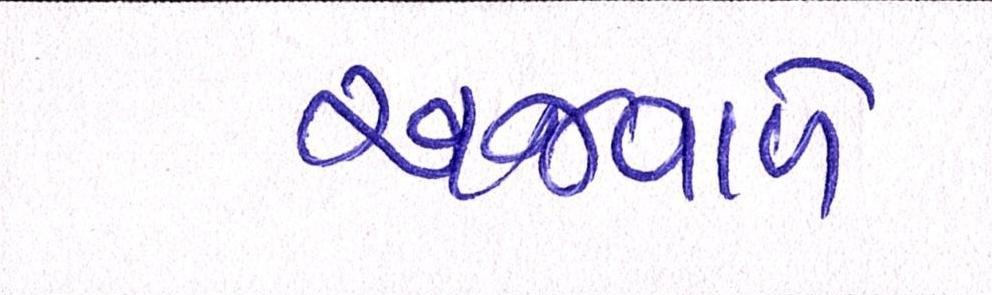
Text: અજવાળે